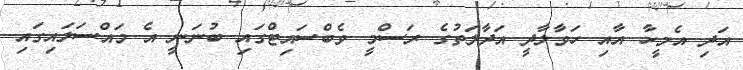
އަދި އެމީހާ އާއި ހަވާލާދީ އަދާލަތުގެ ރަސްމީ ވެބްސައިޓްގައި ބުނަނީ އެ މައްސަލައިގައި